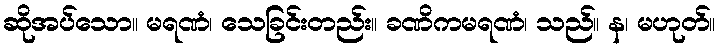
ဆိုအပ်သော။ မရဏံ၊ သေခြင်းတည်း။ ခဏိကမရဏံ၊ သည်။ န၊ မဟုတ်။